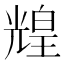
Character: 𤾗